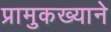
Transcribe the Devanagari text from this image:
प्रामुकख्याने